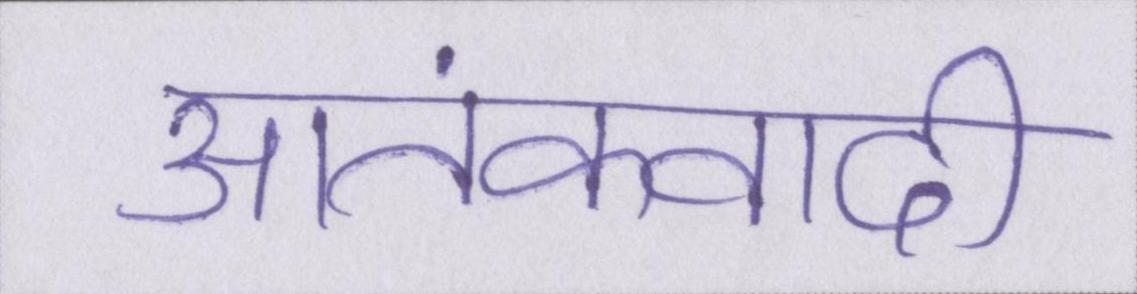
आतंकवादी